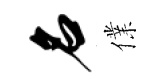
名㒒